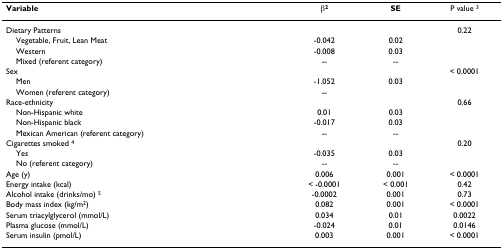
| Variable | β2 | SE | P value 3 |
 | --- | --- | --- | --- |
 | Dietary Patterns |  |  | 0.22 |
 | Vegetable, Fruit, Lean Meat | -0.042 | 0.02 |  |
 | Western | -0.008 | 0.03 |  |
 | Mixed (referent category) | -- | -- |  |
 | Sex |  |  | < 0.0001 |
 | Men | -1.052 | 0.03 |  |
 | Women (referent category) | -- |  |  |
 | Race-ethnicity |  |  | 0.66 |
 | Non-Hispanic white | 0.01 | 0.03 |  |
 | Non-Hispanic black | -0.017 | 0.03 |  |
 | Mexican American (referent category) | -- | -- |  |
 | Cigarettes smoked 4 |  |  | 0.20 |
 | Yes | -0.035 | 0.03 |  |
 | No (referent category) | -- | -- |  |
 | Age (y) | 0.006 | 0.001 | < 0.0001 |
 | Energy intake (kcal) | < -0.0001 | < 0.001 | 0.42 |
 | Alcohol intake (drinks/mo) 5 | -0.0002 | 0.001 | 0.73 |
 | Body mass index (kg/m2) | 0.082 | 0.001 | < 0.0001 |
 | Serum triacylglycerol (mmol/L) | 0.034 | 0.01 | 0.0022 |
 | Plasma glucose (mmol/L) | -0.024 | 0.01 | 0.0146 |
 | Serum insulin (pmol/L) | 0.003 | 0.001 | < 0.0001 |